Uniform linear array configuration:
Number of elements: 48
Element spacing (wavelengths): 1
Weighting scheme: hamming
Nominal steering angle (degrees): -60
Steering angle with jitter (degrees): -60.188
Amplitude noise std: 0.05
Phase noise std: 0.05

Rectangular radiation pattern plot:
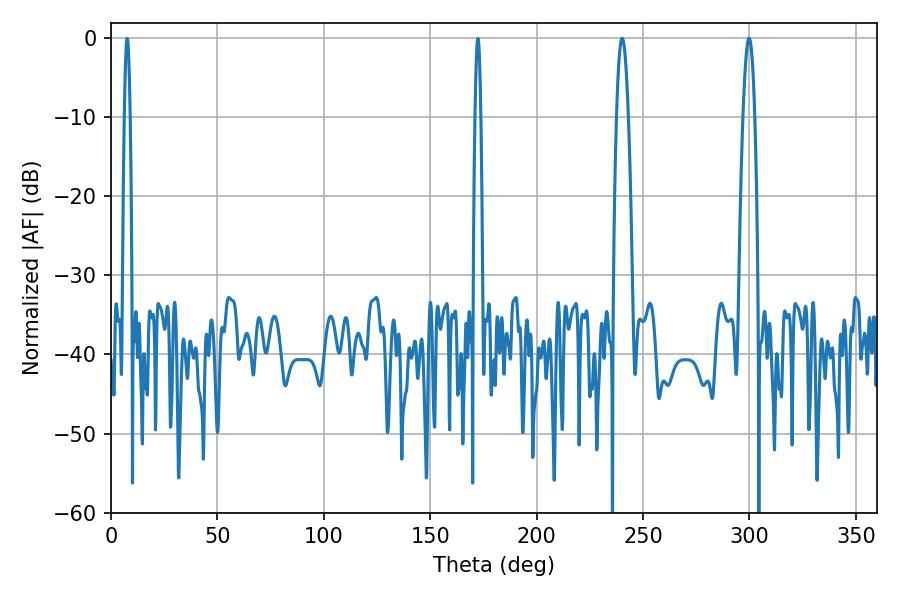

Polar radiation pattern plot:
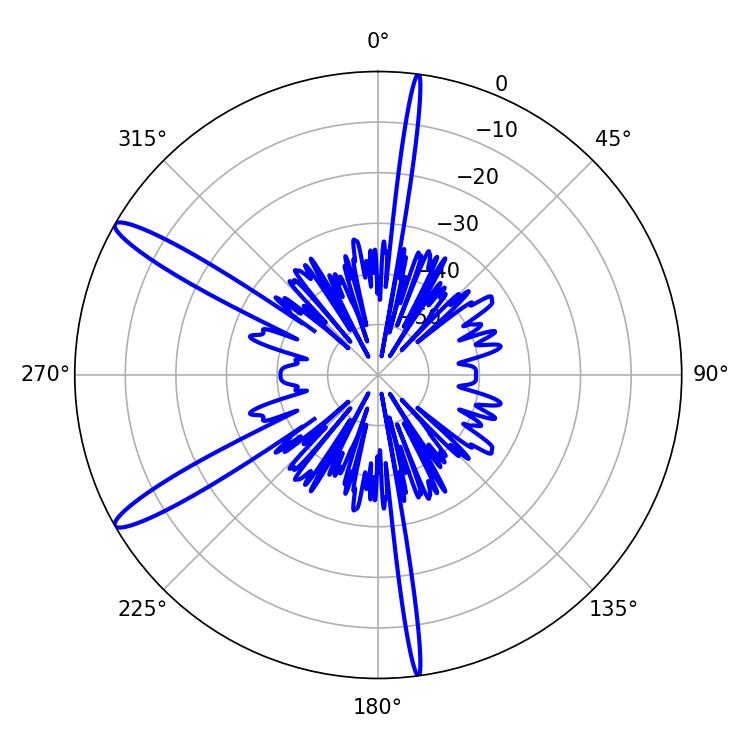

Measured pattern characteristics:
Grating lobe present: TRUE
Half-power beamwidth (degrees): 3.06
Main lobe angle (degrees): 240.12